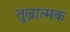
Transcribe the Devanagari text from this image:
तुल्नात्मक